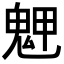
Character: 𩲳